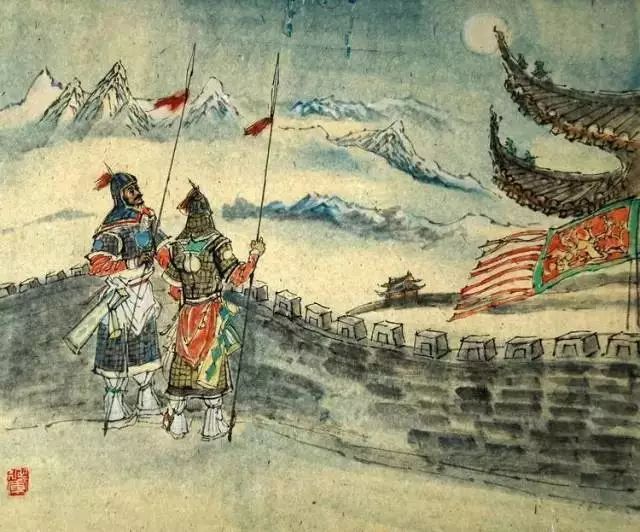
烽火连三月，家书抵万金。